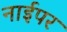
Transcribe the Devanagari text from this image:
नाईपर